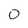
Character: O